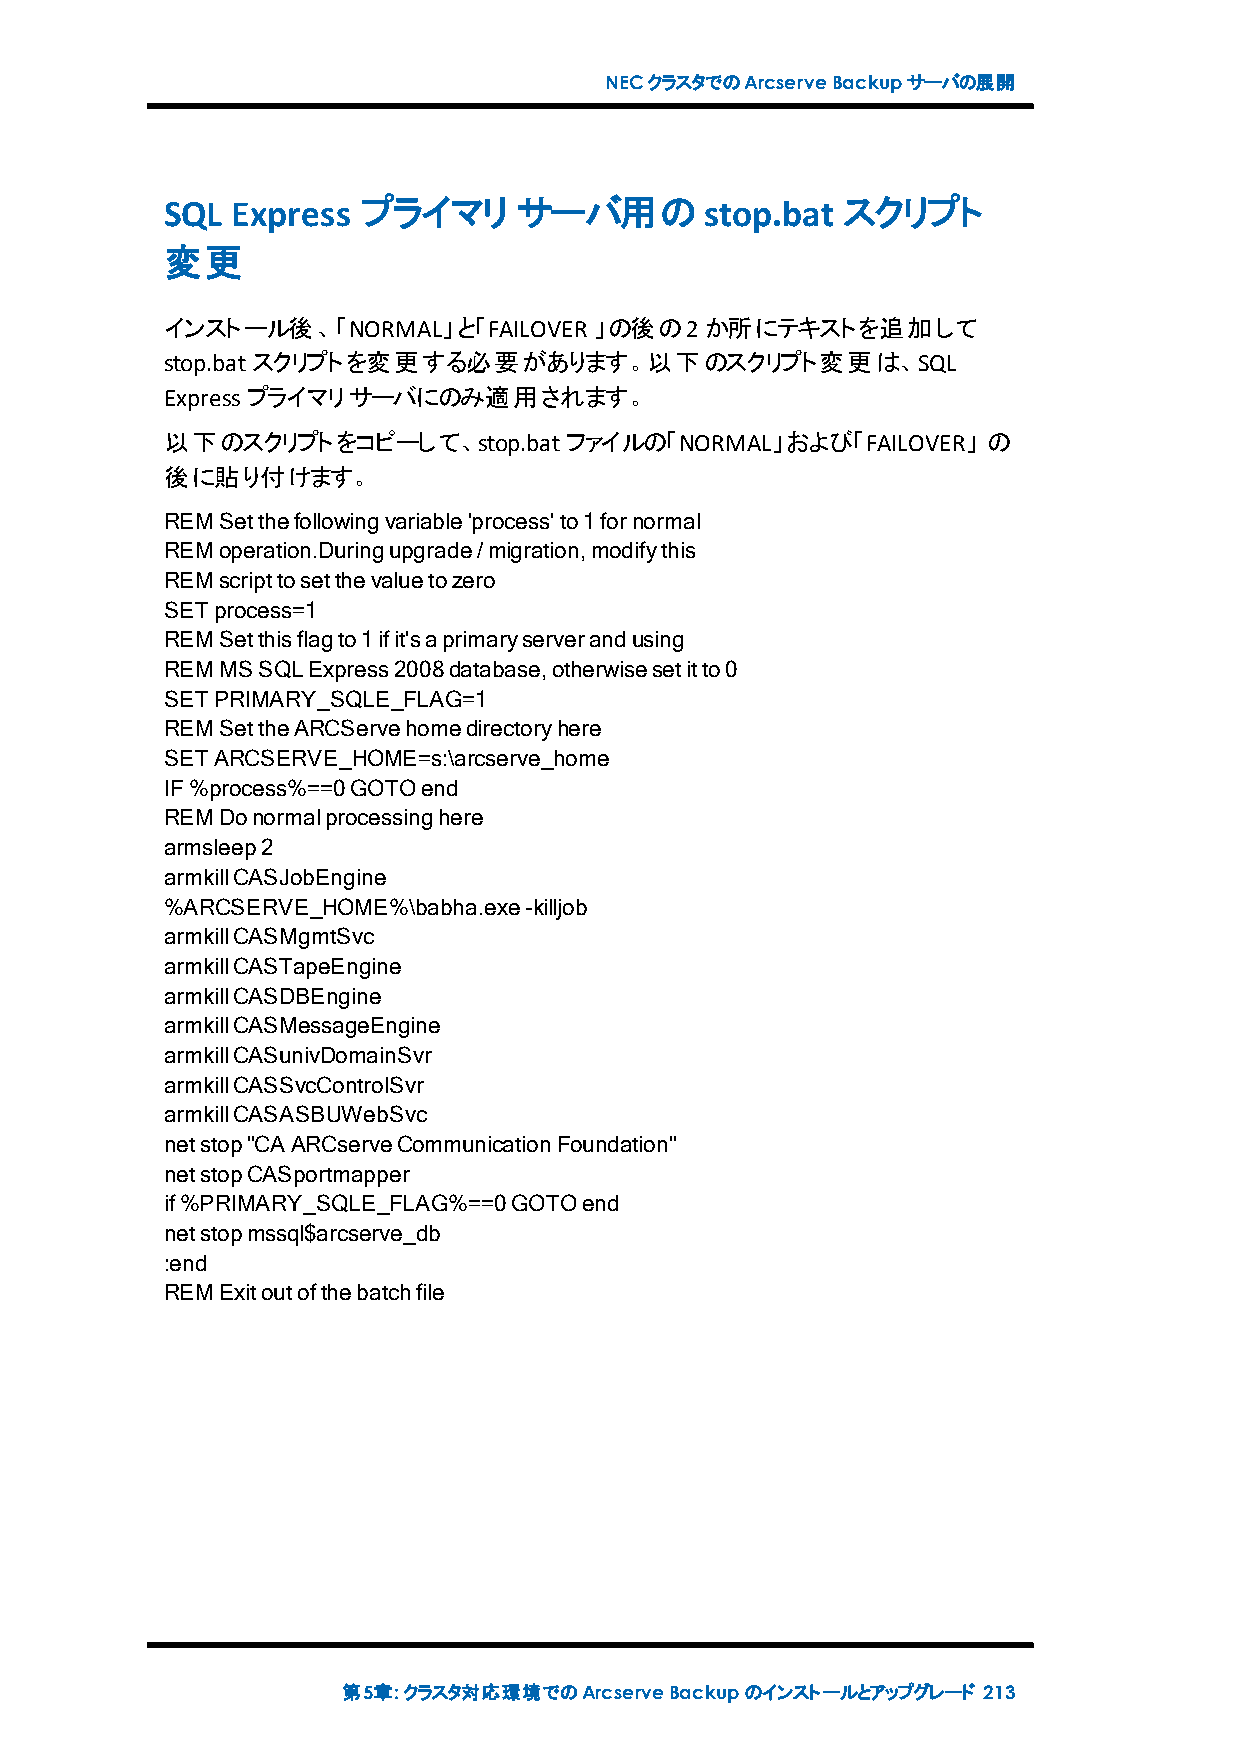
NECクラスタでのArcserveBackupサーバの展開
 SQL Express  プライマリ     サーバ用のstop.bat         スクリプト
 変更
 インストール後、「NORMAL」と「FAILOVER  」の後の2か所にテキストを追加して
 stop.batスクリプトを変更する必要があります。以下のスクリプト変更は、SQL
 Expressプライマリサーバにのみ適用されます。
 以下のスクリプトをコピーして、stop.batファイルの「NORMAL」および「FAILOVER」     の
 後に貼り付けます。
 REMSetthefollowingvariable'process'to1fornormal
 REMoperation.Duringupgrade/migration,modifythis
 REMscripttosetthevaluetozero
 SETprocess=1
 REMSetthisflagto1ifit'saprimaryserverandusing
 REMMSSQLExpress2008database,otherwisesetitto0
 SETPRIMARY_SQLE_FLAG=1
 REMSettheARCServehomedirectoryhere
 SETARCSERVE_HOME=s:\arcserve_home
 IF%process%==0GOTOend
 REMDonormalprocessinghere
 armsleep2
 armkillCASJobEngine
 %ARCSERVE_HOME%\babha.exe-killjob
 armkillCASMgmtSvc
 armkillCASTapeEngine
 armkillCASDBEngine
 armkillCASMessageEngine
 armkillCASunivDomainSvr
 armkillCASSvcControlSvr
 armkillCASASBUWebSvc
 netstop"CAARCserveCommunicationFoundation"
 netstopCASportmapper
 if%PRIMARY_SQLE_FLAG%==0GOTOend
 netstopmssql$arcserve_db
 :end
 REMExitoutofthebatchfile
 第5章:クラスタ対応環境でのArcserveBackupのインストールとアップグレード 213